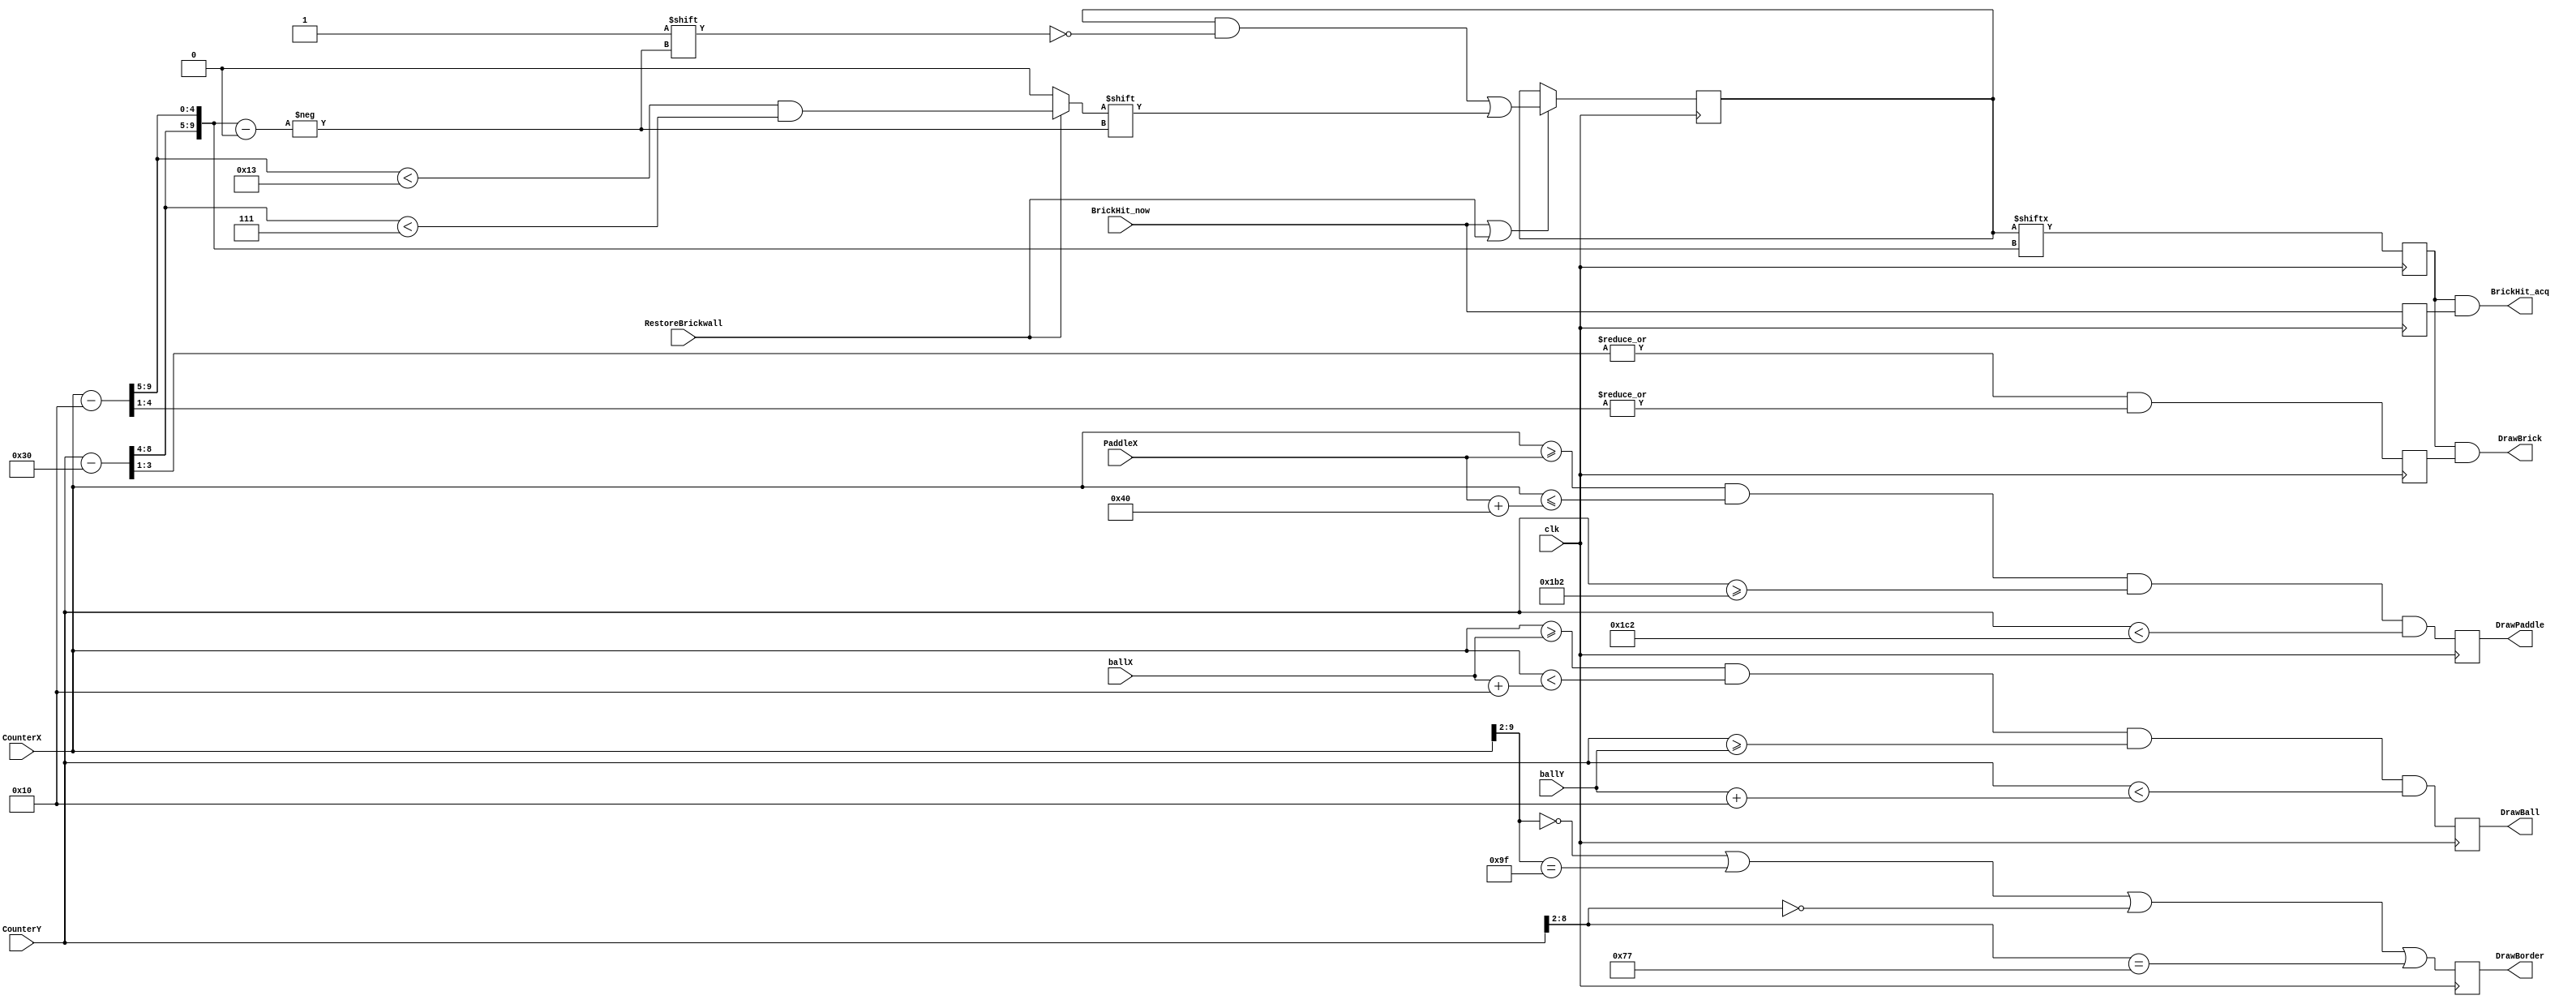

/////////////////////////////////////////////////////////////////
module breakout_playfield(
	input clk,
	input [9:0] CounterX, ballX, PaddleX,
	input [8:0] CounterY, ballY,

	output reg DrawBall, DrawBorder, DrawPaddle, 
	output DrawBrick,

	input BrickHit_now, RestoreBrickwall,
	output BrickHit_acq
);

parameter hDrawArea = 640;
parameter vDrawArea = 480;

always @(posedge clk) DrawBall <= (CounterX>=ballX) && (CounterX<ballX+10'd16) && (CounterY>=ballY) && (CounterY<ballY+9'd16);
always @(posedge clk) DrawBorder <= (CounterX[9:2]==0) || (CounterX[9:2]==hDrawArea/4-1) || (CounterY[8:2]==0) || (CounterY[8:2]==vDrawArea/4-1);
always @(posedge clk) DrawPaddle <= (CounterX>=PaddleX) && (CounterX<=PaddleX+10'd64) && (CounterY>=vDrawArea-9'd46) && (CounterY<vDrawArea-9'd30);

// the brickwall starts at coordinates (16,48)
wire [9:0] BrickXo = CounterX-10'd16;		wire [4:0] BrickX_H = BrickXo[9:5];		wire [4:0] BrickX_L = BrickXo[4:0];
wire [8:0] BrickYo = CounterY- 9'd48;		wire [4:0] BrickY_H = BrickYo[8:4];		wire [3:0] BrickY_L = BrickYo[3:0];
wire [9:0] BrickA = {BrickY_H, BrickX_H};  // and is organized as a 32 x 32 matrix
reg [1023:0] RAMbrickwall;  // in this blockram

reg BrickPresent, BrickHit_nowR;
always @(posedge clk)
begin
	if(BrickHit_now | RestoreBrickwall) RAMbrickwall[BrickA] <= RestoreBrickwall ? BrickX_H<19 & BrickY_H<7 : 1'b0;  // 19 x 7 brickwall
	BrickPresent <= RAMbrickwall[BrickA];
	BrickHit_nowR <= BrickHit_now;
end
assign BrickHit_acq = BrickPresent & BrickHit_nowR;

reg BrickBody;  always @(posedge clk) BrickBody <= |BrickY_L[3:1] && |BrickX_L[4:1];  // leave two pixels between each brick
assign DrawBrick = BrickPresent & BrickBody;
endmodule